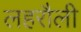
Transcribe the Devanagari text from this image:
लहरौली